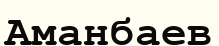
Аманбаев